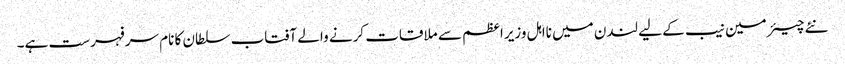
نئے چیئرمین نیب کے لیے لندن میں نااہل وزیراعظم سے ملاقات کرنے والے آفتاب سلطان کا نام سرفہرست ہے۔